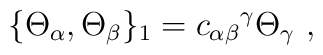
\{\Theta_\alpha, \Theta_\beta \}_1 ={c_{\alpha\beta}}^\gamma \Theta_\gamma\ ,